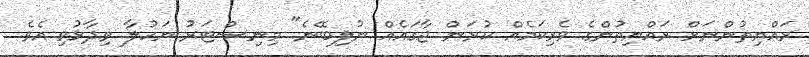
ރައްޔިތުންނަށް ރައްޔިތުންގެ ވެރިކަމެއް ކުރަން ޖާގައެއް ނުލިބޭނެ" މިނިސްޓަރު ނަހުލާ ވިދާޅުވި އެވެ.